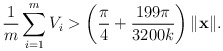
\begin{align*}\frac{1}{m}\sum_{i=1}^mV_i > \left(\frac{\pi}{4}+\frac{199\pi}{3200k}\right)\|\mathbf{x}\|.\end{align*}